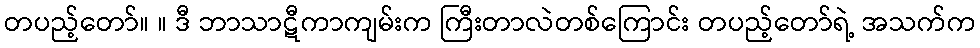
တပည့်တော်။ ။ ဒီ ဘာသာဋီကာကျမ်းက ကြီးတာလဲတစ်ကြောင်း တပည့်တော်ရဲ့ အသက်က